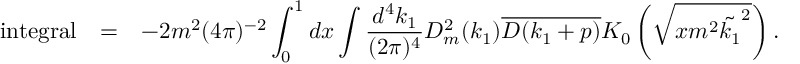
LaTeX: \begin{array} { r c l } { { \mathrm { i n t e g r a l } } } & { { = } } & { { \displaystyle - 2 m ^ { 2 } ( 4 \pi ) ^ { - 2 } \int _ { 0 } ^ { 1 } d x \int \frac { d ^ { 4 } k _ { 1 } } { ( 2 \pi ) ^ { 4 } } D _ { m } ^ { 2 } ( k _ { 1 } ) \overline { { { D ( k _ { 1 } + p ) } } } K _ { 0 } \left( \sqrt { x m ^ { 2 } \tilde { k _ { 1 } } ^ { 2 } } \right) . } } \end{array}